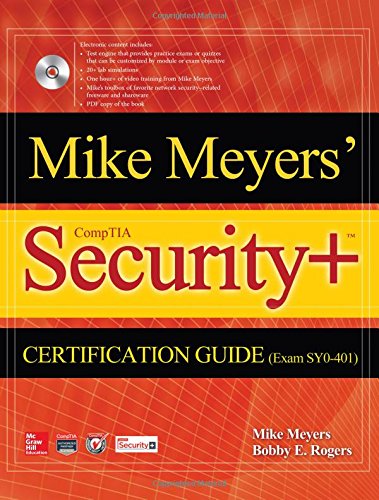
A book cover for Mike Meyers' CompTIA Security+ Certification Guide (Exam SY0-401) (Certification Press); Mike Meyers; Computers & Technology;